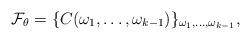
LaTeX: \begin{align*}{\cal F}_{\theta}=\{C(\omega_1,\ldots,\omega_{k-1})\}_{\omega_1,\ldots,\omega_{k-1}},\end{align*}